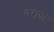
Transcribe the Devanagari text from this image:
गरापा